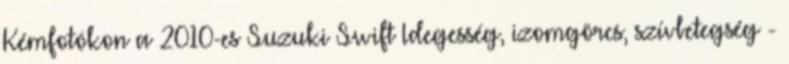
Kémfotókon a 2010-es Suzuki Swift Idegesség, izomgörcs, szívbetegség -